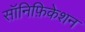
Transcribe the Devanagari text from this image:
सॉनिफ़िकेशन